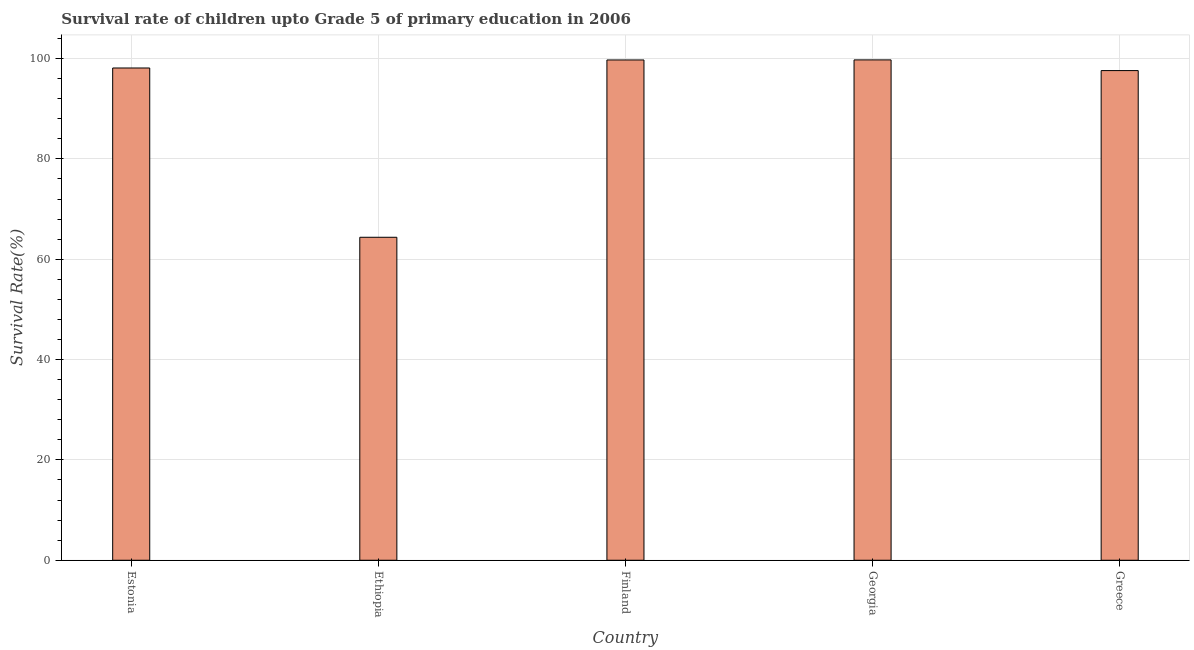
| Country | Survival rate |
 | --- | --- |
 | Estonia | 98.1 |
 | Ethiopia | 64.4 |
 | Finland | 99.7 |
 | Georgia | 99.7 |
 | Greece | 97.6 |